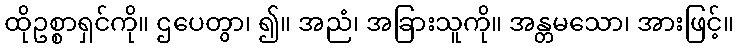
ထိုဥစ္စာရှင်ကို။ ဌပေတွာ၊ ၍။ အညံ၊ အခြားသူကို။ အန္တမသော၊ အားဖြင့်။